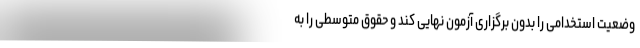
وضعیت استخدامی را بدون برگزاری آزمون نهایی کند و حقوق متوسطی را به